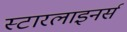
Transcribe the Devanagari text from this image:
स्टारलाइनर्स